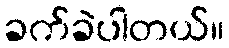
ခက်ခဲပါတယ်။